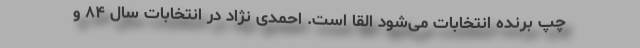
چپ برنده انتخابات می‌شود القا است. احمدی نژاد در انتخابات سال ۸۴ و